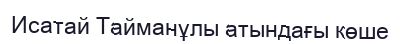
Исатай Тайманұлы атындағы көше